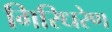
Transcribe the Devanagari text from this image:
गिरिधरेण